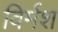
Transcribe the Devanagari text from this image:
विर्मश